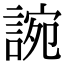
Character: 䛷